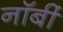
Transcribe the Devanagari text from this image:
नॉर्बी